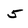
Character: 5